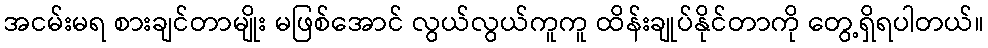
အငမ်းမရ စားချင်တာမျိုး မဖြစ်အောင် လွယ်လွယ်ကူကူ ထိန်းချုပ်နိုင်တာကို တွေ့ရှိရပါတယ်။